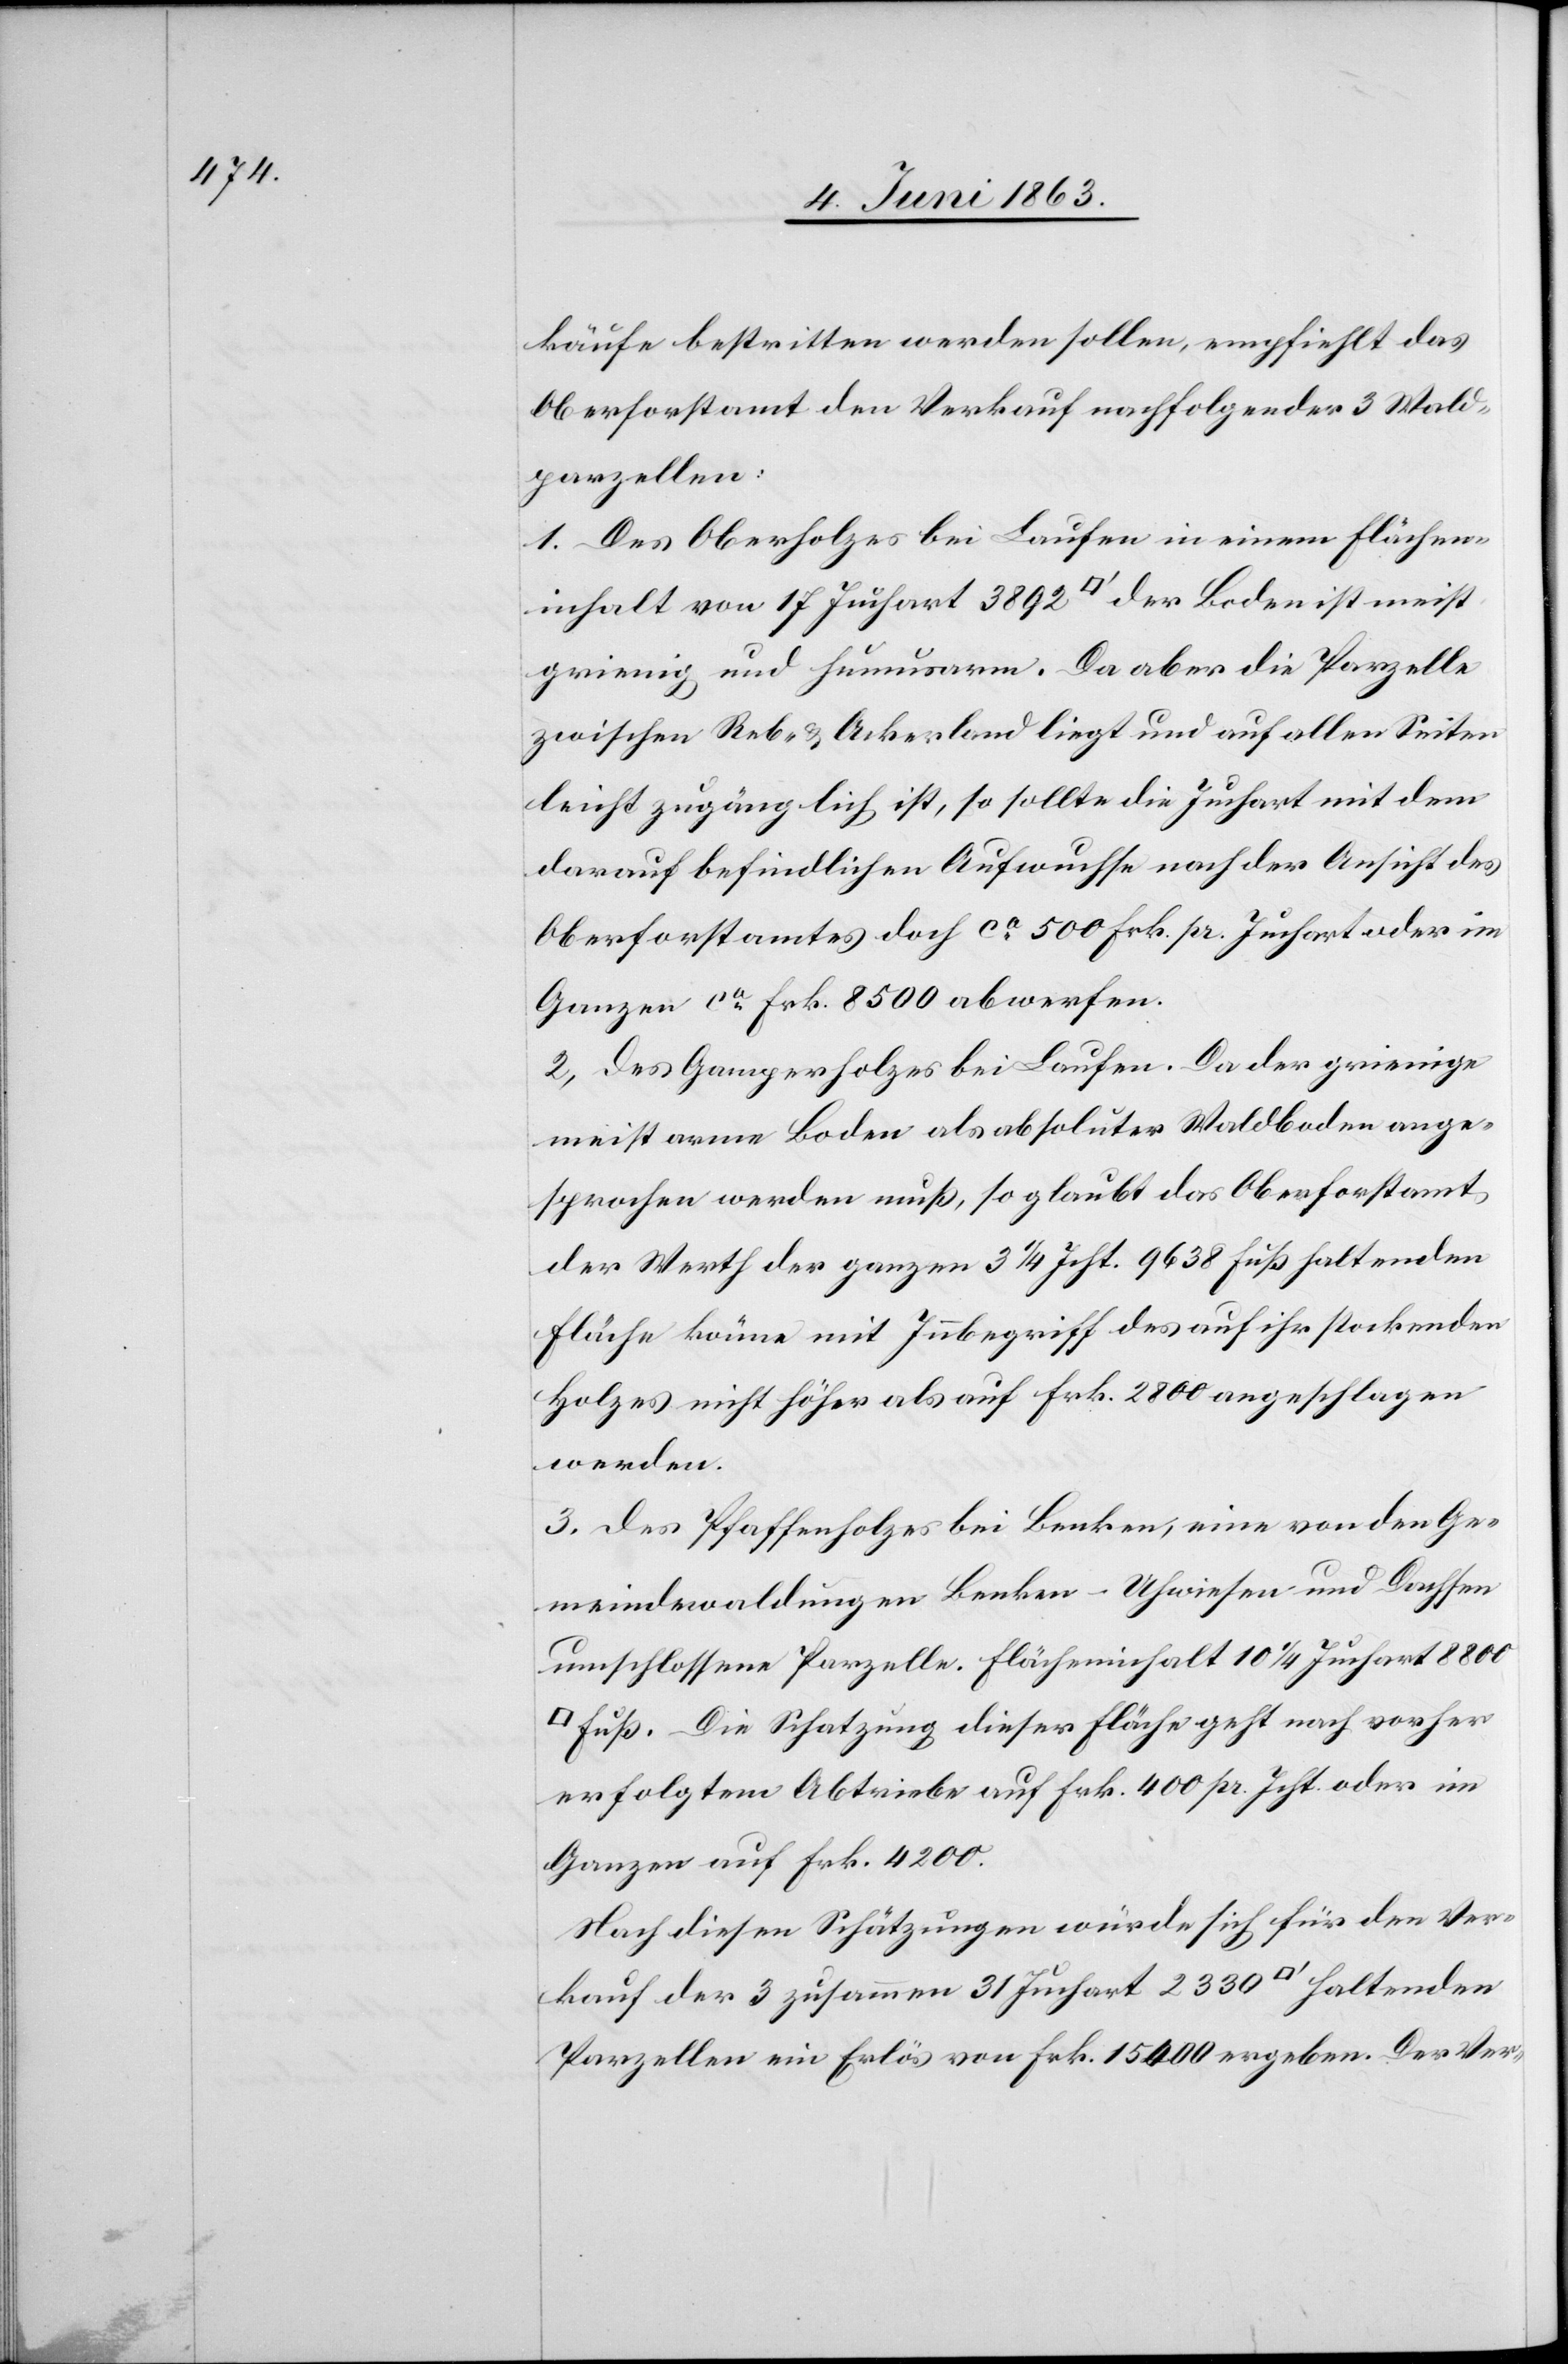
käufe bestritten werden sollen, empfiehlt das
Oberforstamt den Verkauf nachfolgender 3 Wald¬
parzellen:
1. Des Oberholzes bei Laufen in einem Flächen¬
inhalt von 17 Juchart 3892 [Quadratfuss] der Boden ist meist
grienig und humusarm. Da aber die Parzelle
zwischen Reb- & Ackerland liegt und auf allen Seiten
leicht zugänglich ist, so sollte die Juchart mit dem
darauf befindlichen Aufwuchse nach der Ansicht des
Oberforstamtes doch ca 500 Frk. pr. Juchart oder im
Ganzen ca Frk. 8500 abwerfen.
2. Des Gamperholzes bei Laufen. Da der grienige
meist arme Boden als absoluter Waldboden ange¬
sprochen werden muß, so glaubt das Oberforstamt
der Werth der ganzen 3 1/4 Jcht. 9638 Fuß haltenden
Fläche könne mit Innbegriff des auf ihr stockenden
Holzes nicht höher als auf Frk. 2800 angeschlagen
werden.
3. Des Pfaffenholzes bei Benken, eine von den Ge¬
meindewaldungen Benken–Uhwiesen und Dachsen
umschlossene Parzelle. Flächeninhalt 10 1/4 Juchart 18 800
Fuß. Die Schatzung dieser Fläche geht nach vorher
erfolgtem Abtriebe auf Frk. 400 pr. Jcht. oder im
Ganzen auf Frk. 4200.
Nach diesen Schätzungen würde sich für den Ver¬
kauf der 3 zusammen 31 Juchart 2330 [Quadratfuss] haltenden
Parzellen ein Erlös von Frk. 15 400 ergeben. Der Ver-